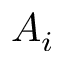
A _ { i }